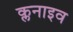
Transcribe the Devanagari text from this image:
क्लनाइव